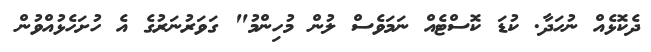
ދެކޮޅެއް ނުހަދާ. ކުޑަ ކޮސްޓެއް ނަމަވެސް ލުން މުހިންމު" ގަވަރުނަރުގެ އެ ހުށަހެޅުއްވުން